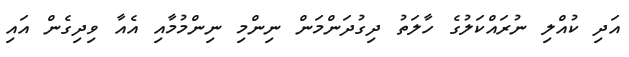
އަދި ކުއްލި ނުރައްކަލުގެ ހާލަތު ދިގުދަންމަން ނިންމި ނިންމުމާއި އެއާ ވިދިގެން އައި